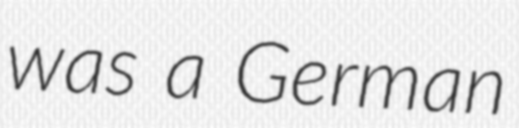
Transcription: was a German